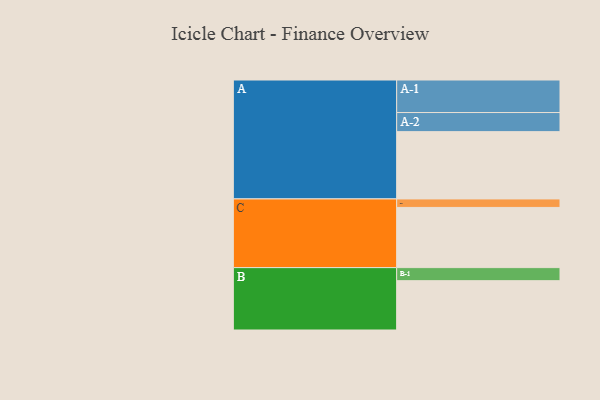
{"axis": {"x": "Segment", "y": "Value"}, "legend": ["", "A", "B", "C"], "data": [{"x": "A", "y": 577, "type": ""}, {"x": "B", "y": 423, "type": ""}, {"x": "C", "y": 516, "type": ""}, {"x": "A-1", "y": 279, "type": "A"}, {"x": "A-2", "y": 164, "type": "A"}, {"x": "B-1", "y": 112, "type": "B"}, {"x": "C-1", "y": 73, "type": "C"}]}